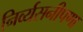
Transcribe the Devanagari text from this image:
निर्व्यसनीपणा